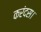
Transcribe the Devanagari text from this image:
करंदस।